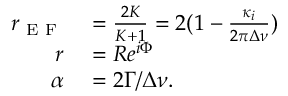
\begin{array} { r l } { r _ { \textrm { E F } } } & { { } = \frac { 2 K } { K + 1 } = 2 ( 1 - \frac { \kappa _ { i } } { 2 \pi \Delta \nu } ) } \\ { r } & { { } = R e ^ { i \Phi } } \\ { \alpha } & { { } = 2 \Gamma / \Delta \nu . } \end{array}